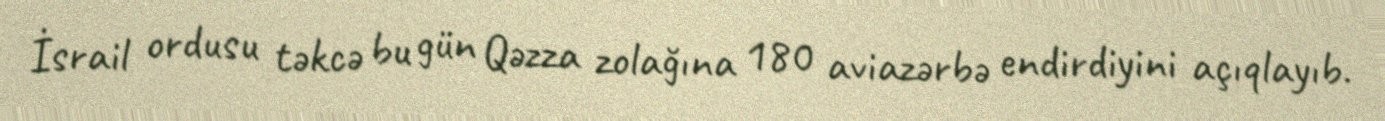
İsrail ordusu təkcə bu gün Qəzza zolağına 180 aviazərbə endirdiyini açıqlayıb.